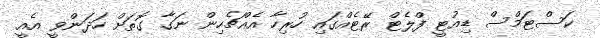
ކަސްޓަމްސް ޑިއުޓީ ފްލެޓް ރޭޓެއްގައި ހުރިހާ އެއްޗެހިން ނަގާ ގޮތަށް ހަދަންވީ އެއީ